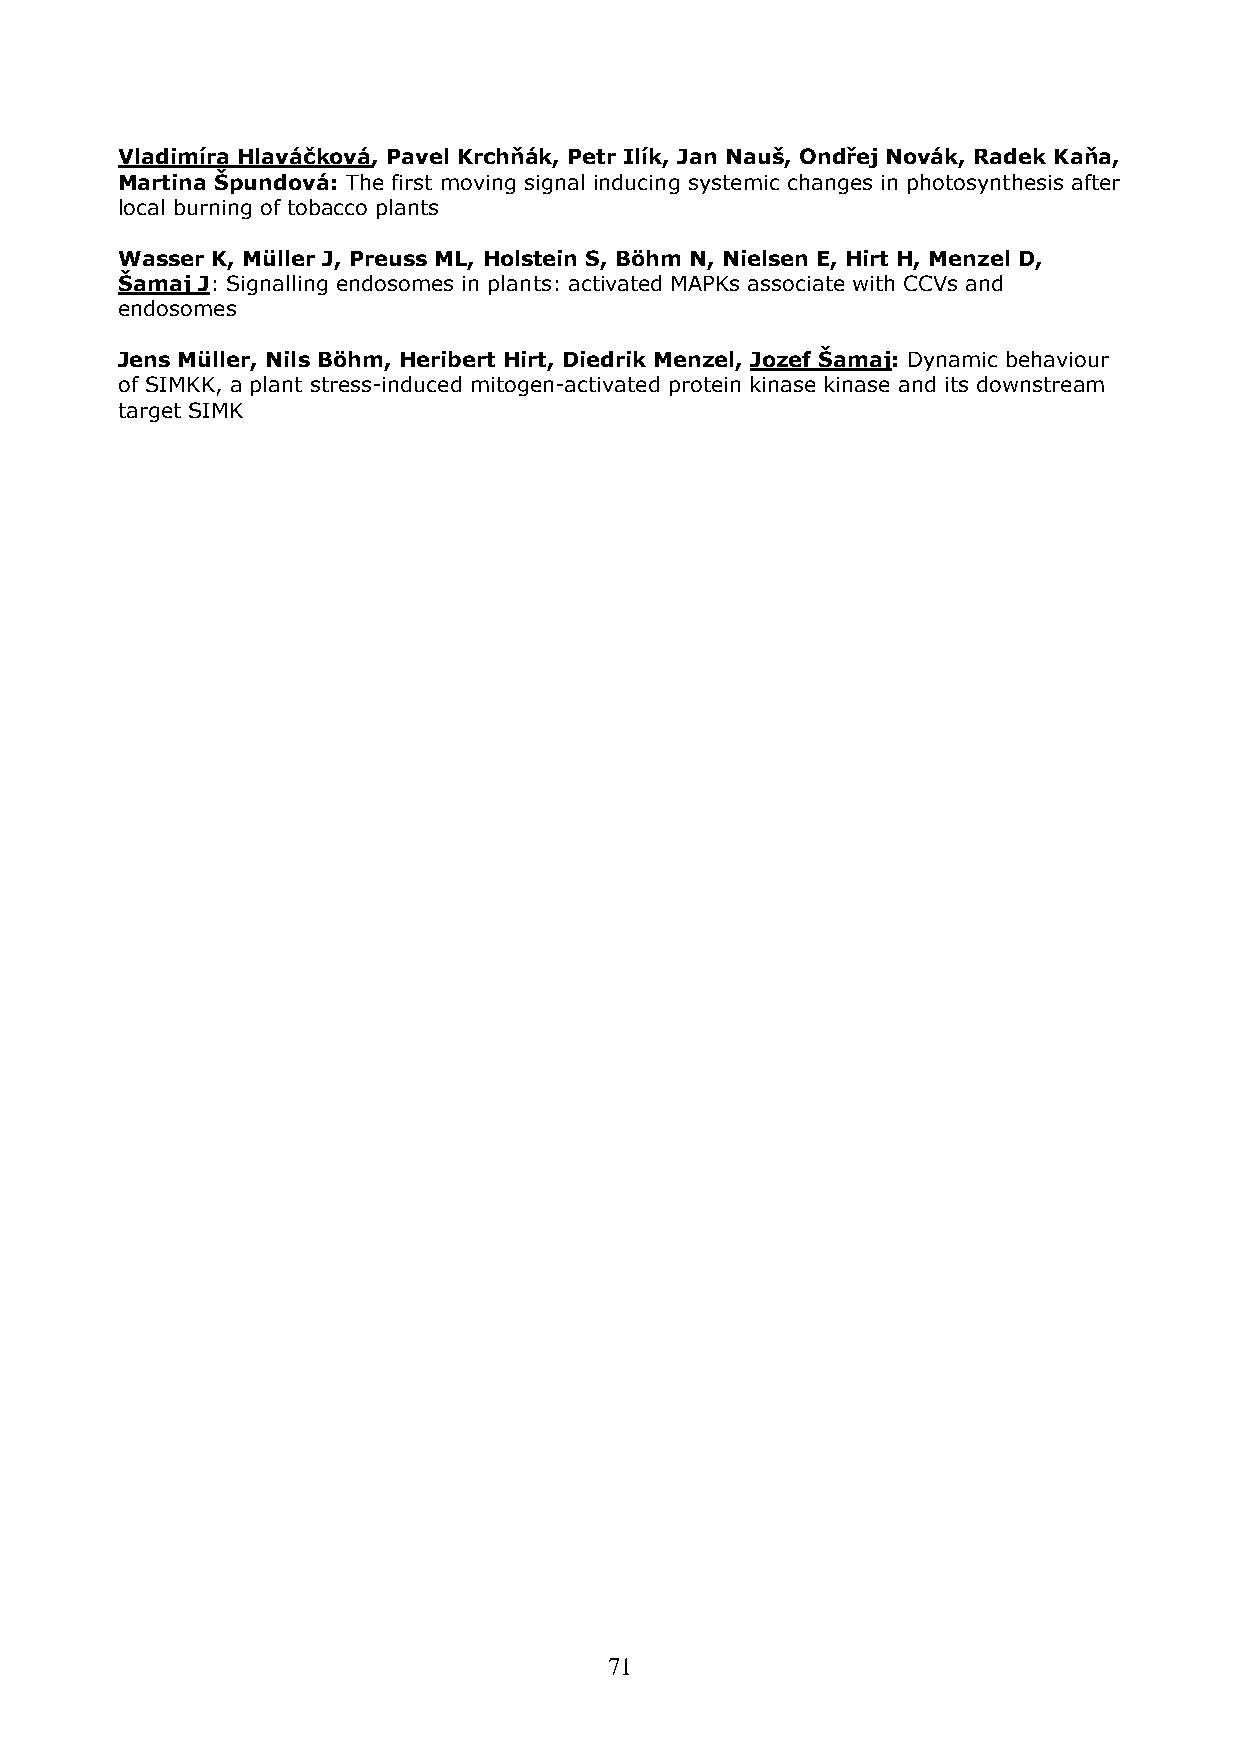
Vladimíra Hlaváčková, Pavel Krchňák, Petr Ilík, Jan Nauš, Ondřej Novák, Radek Kaňa,
 Martina Špundová: The first moving signal inducing systemic changes in photosynthesis after
 local burning of tobacco plants
 Wasser K, Müller J, Preuss ML, Holstein S, Böhm N, Nielsen E, Hirt H, Menzel D,
 Šamaj J: Signalling endosomes in plants: activated MAPKs associate with CCVs and
 endosomes
 Jens Müller, Nils Böhm, Heribert Hirt, Diedrik Menzel, Jozef Šamaj: Dynamic behaviour
 of SIMKK, a plant stress-induced mitogen-activated protein kinase kinase and its downstream
 target SIMK
 71